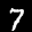
Label: 7